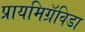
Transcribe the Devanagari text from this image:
प्रायमिग्रॅविडा